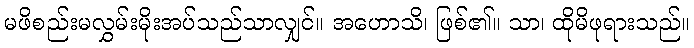
မဖိစည်းမလွှမ်းမိုးအပ်သည်သာလျှင်။ အဟောသိ၊ ဖြစ်၏။ သာ၊ ထိုမိဖုရားသည်။